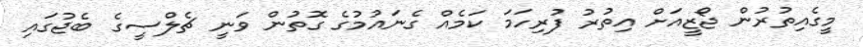
މީގެއިތުރުން ޖޯޒީއަށް އިތުރު ފުރިހަމަ ކަމެއް ގެނައުމުގެ ގޮތުން ވަނީ ޗެލްސީގެ ބެޖުގައި